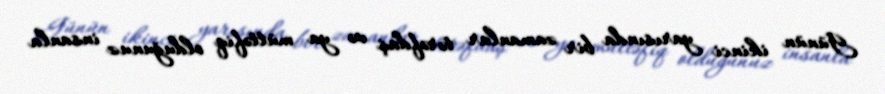
Günün ikinci yarısında bir zamanlar tərəfdaş və ya müttəfiq olduğunuz insanla